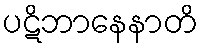
ပဋိဘာနေနာတိ